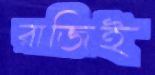
রাজিই